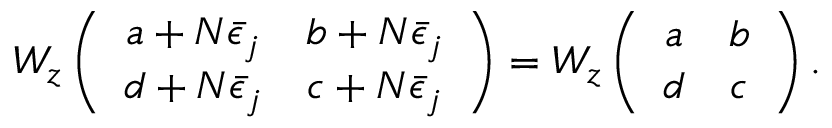
W _ { z } \left( \begin{array} { c c } { { a + N \bar { \epsilon } _ { j } } } & { { b + N \bar { \epsilon } _ { j } } } \\ { { d + N \bar { \epsilon } _ { j } } } & { { c + N \bar { \epsilon } _ { j } } } \end{array} \right) = W _ { z } \left( \begin{array} { c c } { { a } } & { { b } } \\ { { d } } & { { c } } \end{array} \right) .